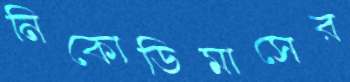
নিকোডিমাসের